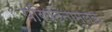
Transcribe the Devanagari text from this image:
परिघटनामूलक